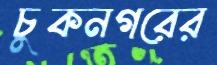
চুকনগরের